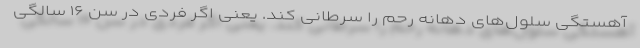
آهستگی سلول‌های دهانه رحم را سرطانی کند. یعنی اگر فردی در سن ۱۶ سالگی